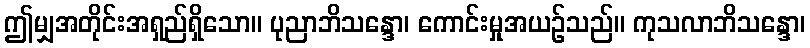
ဤမျှအတိုင်းအရှည်ရှိသော။ ပုညာဘိသန္ဒော၊ ကောင်းမှုအယဉ်သည်။ ကုသလာဘိသန္ဒော၊